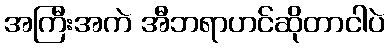
အကြီးအကဲ အီဘရာဟင်ဆိုတာငါပဲ